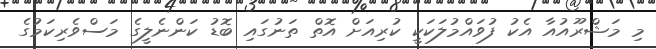
މި މަޝްރޫއުއާ އެކު ފުވައްމުލަކަކީ ކުރިއަށް އޮތް ތަނުގައި ބޮޑު ކަންނެލީގެ މަސްވެރިކަމުގެ